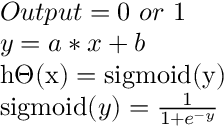
\begin{array} { l } { O u t p u t = 0 ~ o r ~ 1 } \\ { y = a * x + b } \\ { \mathrm { h } \Theta ( \mathrm { x } ) = \operatorname { s i g m o i d } ( \mathrm { y } ) } \\ { \operatorname { s i g m o i d } ( y ) = \frac { 1 } { 1 + e ^ { - y } } } \end{array}